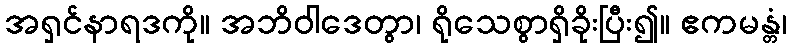
အရှင်နာရဒကို။ အဘိဝါဒေတွာ၊ ရိုသေစွာရှိခိုးပြီး၍။ ဧကမန္တံ၊